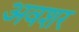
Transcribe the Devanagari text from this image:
अवशर